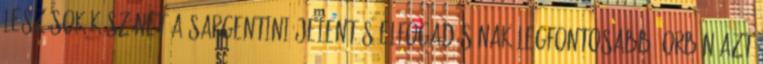
lesz sok köszönet A Sargentini-jelentés elfogadásának legfontosabb. Orbán azt